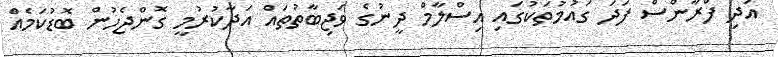
އަދި ފްރާންސް ފަދަ ގައުމުތަކުގައި އިސްލާމް ދީނުގެ ވަޖިބާތުތައް އަދާކުރުމީ ގޮންޖެހުން ބޮޑުކަމެއް